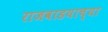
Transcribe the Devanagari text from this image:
राजवाडयाच्या